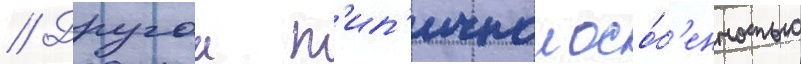
// Другои т'ип'ичнои осо́б'енностью